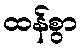
ထန်စွာ